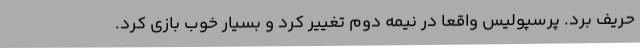
حریف برد. پرسپولیس واقعا در نیمه دوم تغییر کرد و بسیار خوب بازی کرد.